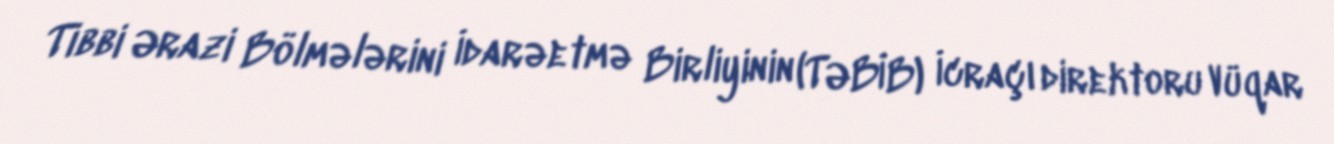
Tibbi Ərazi Bölmələrini İdarəetmə Birliyinin (TƏBİB) İcraçı direktoru Vüqar